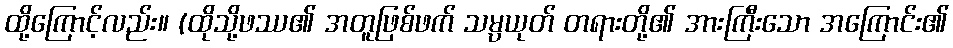
ထို့ကြောင့်လည်း။ (ထိုသို့ဖဿ၏ အတူဖြစ်ဖက် သမ္ပယုတ် တရားတို့၏ အားကြီးသော အကြောင်း၏